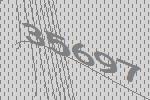
35697